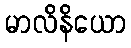
မာလိနိယော